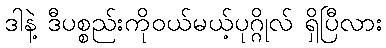
ဒါနဲ့ ဒီပစ္စည်းကိုဝယ်မယ့်ပုဂ္ဂိုလ် ရှိပြီလား